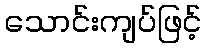
သောင်းကျပ်ဖြင့်